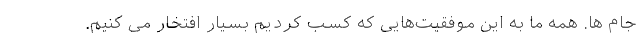
جام ها. همه ما به این موفقیت‌هایی که کسب کردیم بسیار افتخار می کنیم.